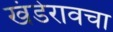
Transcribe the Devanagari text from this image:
खंडेरावचा